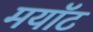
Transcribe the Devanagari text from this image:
मयॉट